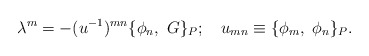
\begin{align*}\lambda^m = - (u^{-1})^{mn} \{ \phi_n, \ G \}_P; \ \ \ u_{mn} \equiv \{ \phi_m, \ \phi_n \}_P.\end{align*}